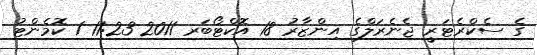
ގެ ސެކްރެޓަރީ ޖެނެރަލްގެ އިންޒާރު 18 އޮކްޓޯބަރ 2011 11:23 1 ކޮމެންޓު